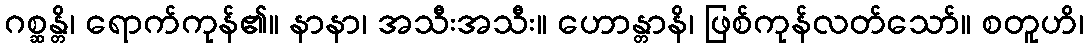
ဂစ္ဆန္တိ၊ ရောက်ကုန်၏။ နာနာ၊ အသီးအသီး။ ဟောန္တာနိ၊ ဖြစ်ကုန်လတ်သော်။ စတူဟိ၊